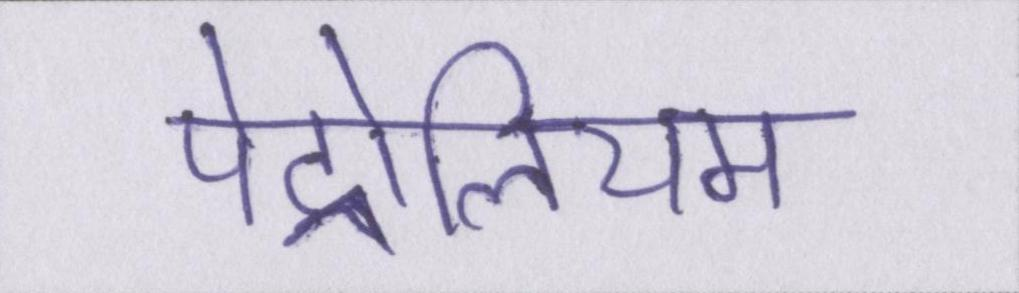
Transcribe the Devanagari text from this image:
पेट्रोलियम